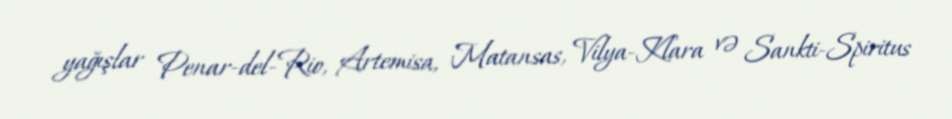
yağışlar Penar-del-Rio, Artemisa, Matansas, Vilya-Klara və Sankti-Spiritus